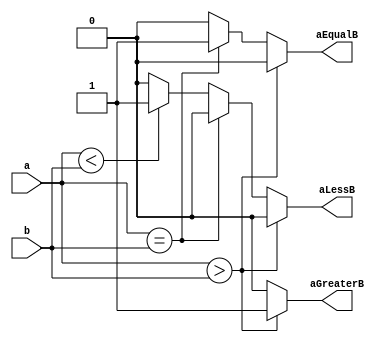
module comparator(
    a,
    b,
    aGreaterB,
    aEqualB,
    aLessB,
);

parameter WIDTH = 8;

input [WIDTH - 1:0] a, b;
output reg aGreaterB, aEqualB, aLessB;

always @(*) begin
  
  if(a > b) begin
    aGreaterB = 1'b1;
    aEqualB = 1'b0;
    aLessB = 1'b0;
  end else if (a == b) begin
    aGreaterB = 1'b0;
    aEqualB = 1'b1;
    aLessB = 1'b0;
  end else if (a < b) begin
    aGreaterB = 1'b0;
    aEqualB = 1'b0;
    aLessB = 1'b1;
  end else begin
    aGreaterB = 1'b0;
    aEqualB = 1'b0;
    aLessB = 1'b0;
  end

end

endmodule // comparator